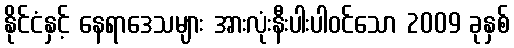
နိုင်ငံနှင့် နေရာဒေသများ အားလုံးနီးပါးပါဝင်သော 2009 ခုနှစ်